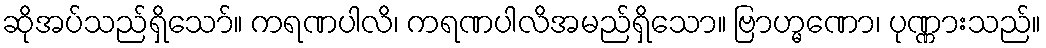
ဆိုအပ်သည်ရှိသော်။ ကရဏပါလိ၊ ကရဏပါလိအမည်ရှိသော။ ဗြာဟ္မဏော၊ ပုဏ္ဏားသည်။